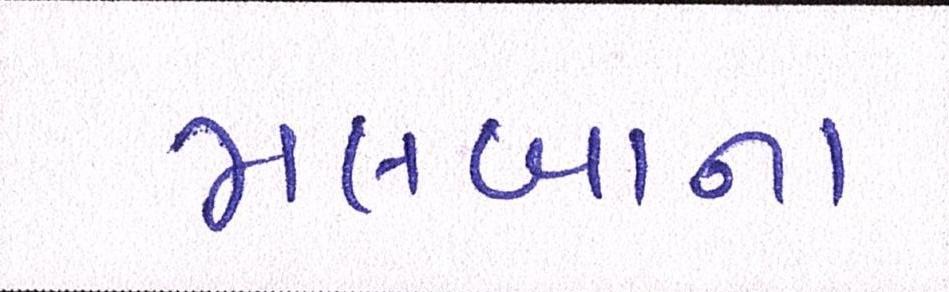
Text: મલબાના